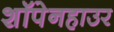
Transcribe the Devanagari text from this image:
शॉपेनहाउर